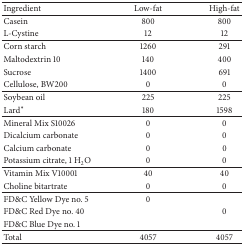
<table><thead><tr><td><b>Ingredient</b></td><td><b>Low-fat </b></td><td><b>High-fat </b></td></tr></thead><tbody><tr><td>Casein</td><td>800</td><td>800</td></tr><tr><td>L-Cystine</td><td>12</td><td> 12</td></tr><tr><td>Corn starch</td><td>1260</td><td>291</td></tr><tr><td>Maltodextrin 10</td><td>140</td><td>400</td></tr><tr><td>Sucrose</td><td>1400</td><td>691</td></tr><tr><td>Cellulose, BW200</td><td>0</td><td> 0</td></tr><tr><td>Soybean oil</td><td>225</td><td>225</td></tr><tr><td>Lard*</td><td>180</td><td>1598</td></tr><tr><td>Mineral Mix S10026</td><td>0</td><td> 0</td></tr><tr><td>Dicalcium carbonate</td><td>0</td><td> 0</td></tr><tr><td>Calcium carbonate</td><td>0</td><td> 0</td></tr><tr><td>Potassium citrate, 1 H<sub>2</sub>O</td><td>0</td><td> 0</td></tr><tr><td>Vitamin Mix V10001</td><td>40</td><td> 40</td></tr><tr><td>Choline bitartrate</td><td>0</td><td> 0</td></tr><tr><td>FD&amp;C Yellow Dye no. 5</td><td>0</td><td> </td></tr><tr><td>FD&amp;C Red Dye no. 40</td><td> </td><td>0</td></tr><tr><td>FD&amp;C Blue Dye no. 1</td><td> </td><td> </td></tr><tr><td>Total</td><td>4057</td><td>4057</td></tr></tbody></table>